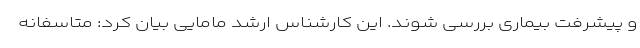
و پیشرفت بیماری بررسی شوند. این کارشناس ارشد مامایی بیان کرد: متاسفانه